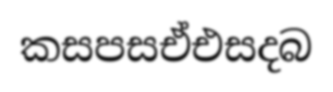
කසපසඒඑසදබ